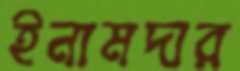
ইনামদার